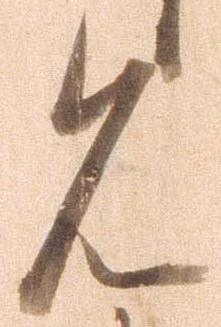
見